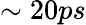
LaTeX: \sim 20ps